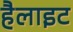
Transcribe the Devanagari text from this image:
हैलाइट